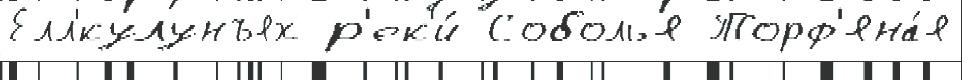
Елл'́кулунъях р'ек'и́ Соболья Торф'яна́я